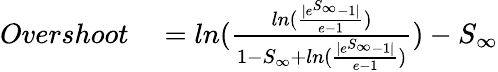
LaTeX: \begin{array}{rl}{Overshoot}&{{}=ln(\frac{ln(\frac{|e^{S_{\infty}}-1|}{e-1})}{1-S_{\infty}+ln(\frac{|e^{S_{\infty}}-1|}{e-1})})-S_{\infty}}\end{array}